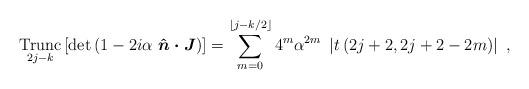
LaTeX: \begin{align*}\operatorname*{Trunc}_{2j-k}\left[ \det\left( 1-2i\alpha~\boldsymbol{\hat{n}\cdot J}\right) \right] =\sum_{m=0}^{\left\lfloor j-k/2\right\rfloor}4^{m}\alpha^{2m}~\left\vert t\left( 2j+2,2j+2-2m\right) \right\vert \ ,\end{align*}